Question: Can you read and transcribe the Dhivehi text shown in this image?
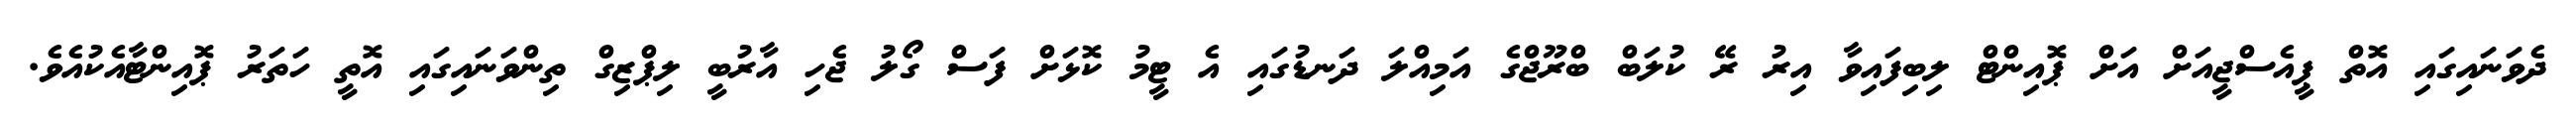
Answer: ދެވަނައިގައި އޮތް ޕީއެސްޖީއަށް އަށް ޕޮއިންޓް ލިބިފައިވާ އިރު ރޭ ކުލަބް ބްރޫޖްގެ އަމިއްލަ ދަނޑުގައި އެ ޓީމު ކޮޅަށް ފަސް ގޯލު ޖެހި އާރުބީ ލިޕްޒިގް ތިންވަނައިގައި އޮތީ ހަތަރު ޕޮއިންޓާއެކުއެވެ.